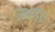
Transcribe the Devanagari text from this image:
उभड़ा।